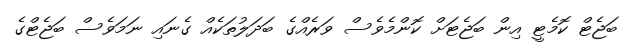
ބަޖެޓް ކޮމެޓީ އިން ބަޖެޓަށް ކޮންމެވެސް ވަރެއްގެ ބަދަލުތަކެއް ގެނައި ނަމަވެސް ބަޖެޓްގެ